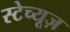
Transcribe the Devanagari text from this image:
स्टेच्यूज़